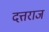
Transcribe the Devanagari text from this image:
दत्तराज